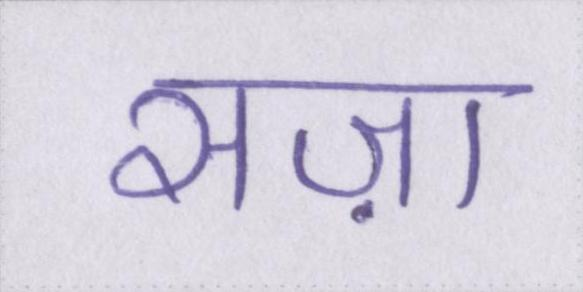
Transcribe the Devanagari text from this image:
सज़ा